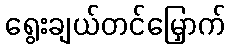
ရွေးချယ်တင်မြှောက်